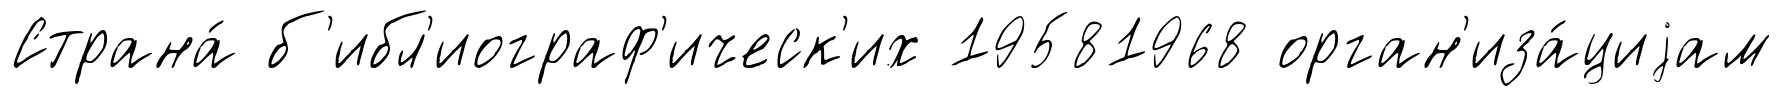
Страна́ б'ибл'иограф'ическ'их 19581968 орган'иза́циjам